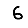
Digit: 6